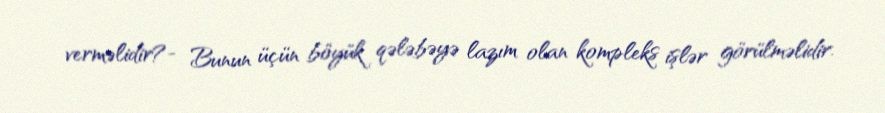
verməlidir?- Bunun üçün böyük qələbəyə lazım olan kompleks işlər görülməlidir.